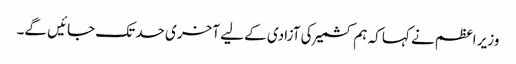
وزیر اعظم نے کہا کہ ہم کشمیر کی آزادی کے لیے آخری حد تک جائیں گے۔